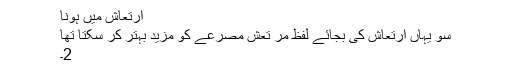
ارتعاش میں ہونا
سو یہاں ارتعاش کی بجائے لفظ مر تعش مصرعے کو مزید بہتر کر سکتا تھا
2۔